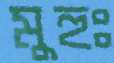
মুহুঃ